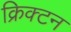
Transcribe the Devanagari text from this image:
क्रिक्टन